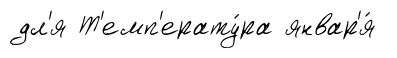
дл'я Т'емп'ерату́ра январ'я́